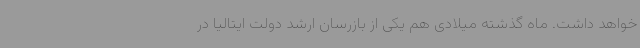
خواهد داشت. ماه گذشته میلادی هم یکی از بازرسان ارشد دولت ایتالیا در